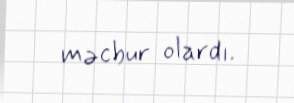
məcbur olardı.